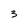
Character: 3